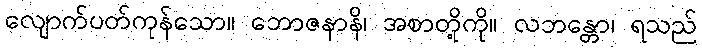
လျောက်ပတ်ကုန်သော။ ဘောဇနာနိ၊ အစာတို့ကို။ လဘန္တော၊ ရသည်